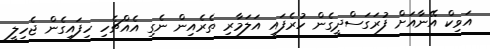
އަވިކް އޭނާއަށް ފުރަގަސްދީގެން ހުރެފައި އަލަމާރި ތެރެއިން ނެގި އެއްޗެހި ހިފައިގެން ޖެހިލީ